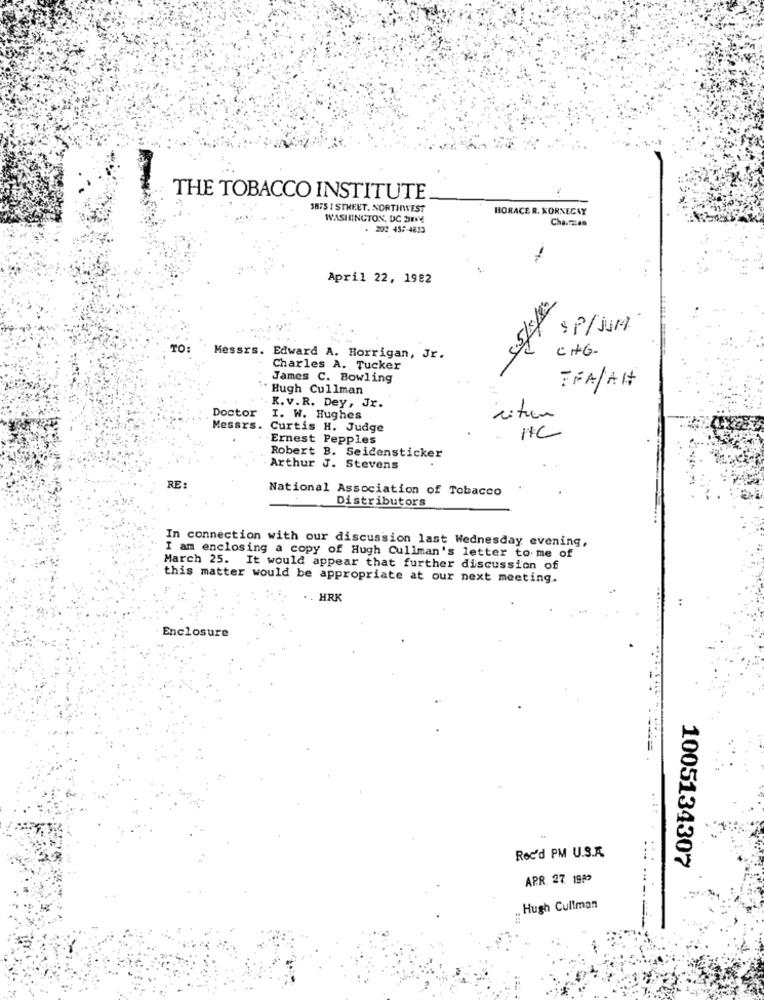
THE TOBACCO INSTITUTE.
1875 1 STREET, NORTINWEST
HORACE R. KORNECAY
WASHINGTON, DC 3NYE
Cha.man
. 202 457-4833
April 22, 1982
5.5/5/82
SP/juMl
TO:
CHG-
Messrs. Edward A. Horrigan, Jr.
Charles A. Tucker
James C. Bowling
Hugh Cullman
TFAJAH
K.v.R. Dey, Jr.
Doctor
I. W. Hughes
citur
Messrs.
Curtis H. Judge
IC
Ernest Pepples
Robert B. Seidensticker
Arthur J. Stevens
RE:
National Association of Tobacco
Distributors
In connection with our discussion last Wednesday evening,
I am enclosing a copy of Hugh Cullman's letter to me of
March 25. It would appear that further discussion of
this matter would be appropriate at our next meeting.
HRK
Enclosure
Rec'd PM U.S.A.
1005134307
APR. 27 1989
Hugh Cullman